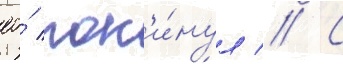
ео́ пок'и́нул // С